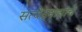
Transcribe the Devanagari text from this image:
सत्येंद्रनाथांचे